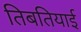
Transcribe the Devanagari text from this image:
तिबतियाई